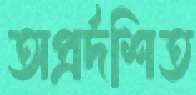
অপ্রর্দশিত